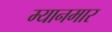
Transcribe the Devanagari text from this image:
म्‍यानमार